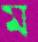
ম